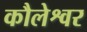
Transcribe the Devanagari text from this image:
कौलेश्वर